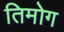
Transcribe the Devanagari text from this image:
तिमोग